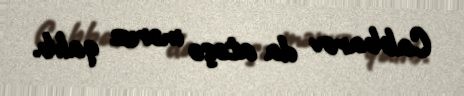
Cabbarov da atəşə məruz qalıb.